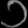
Digit: ၁